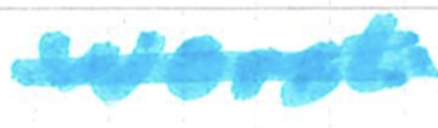
Text: worst
Cross-out: single-line
Writing tool: marker